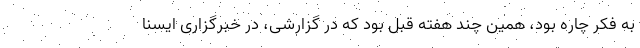
به فکر چاره بود، همین چند هفته قبل بود که در گزارشی، در خبرگزاری ایسنا